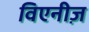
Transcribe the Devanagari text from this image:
विएनीज़